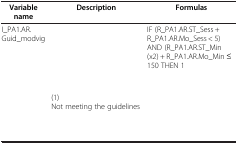
<table><thead><tr><td><b>Variable name</b></td><td><b>Description</b></td><td><b>Formulas</b></td></tr></thead><tbody><tr><td rowspan="2">I_PA1.AR.Guid_modvig</td><td>[EMPTY_CELL]</td><td>IF (R_PA1.AR.ST_Sess + R_PA1.AR.Mo_Sess &lt; 5) AND (R_PA1.AR.ST_Min (x2) + R_PA1.AR.Mo_Min ≤ 150 THEN 1</td></tr><tr><td>(1)Not meeting the guidelines</td><td>[EMPTY_CELL]</td></tr><tr><td>[EMPTY_CELL]</td><td>[EMPTY_CELL]</td><td>[EMPTY_CELL]</td></tr></tbody></table>